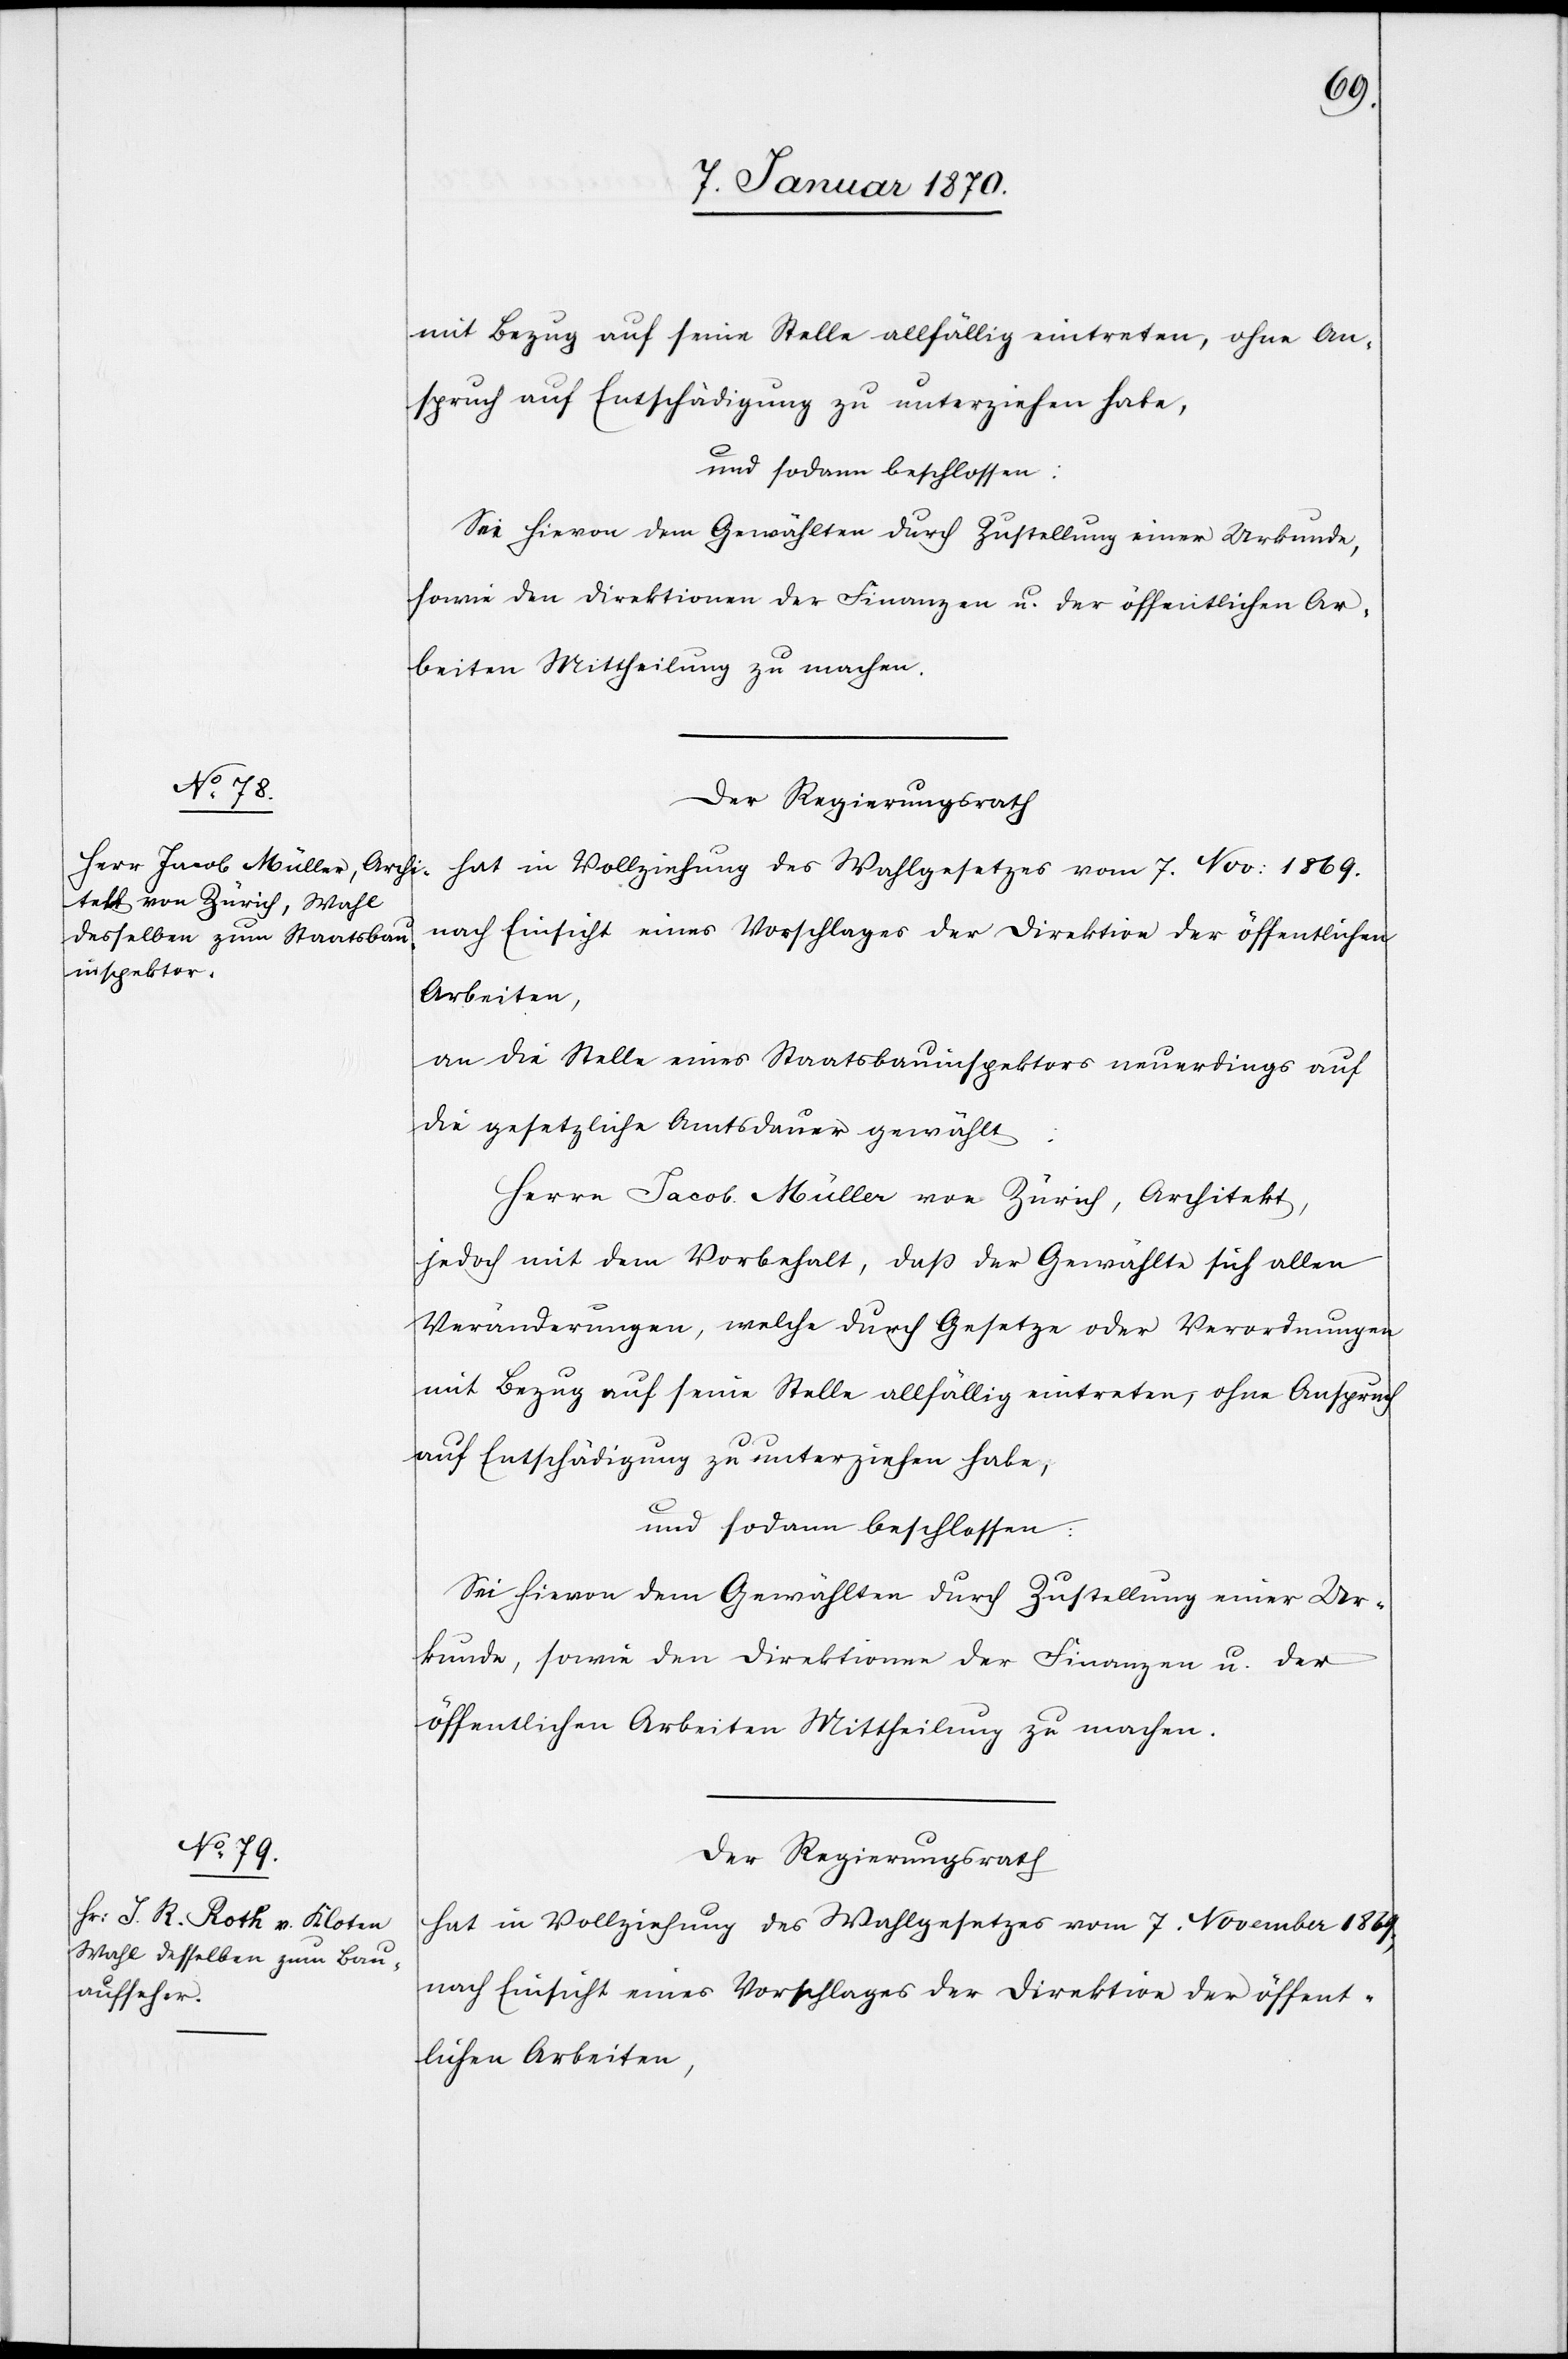
hat in Vollziehung des Wahlgesetzes vom 7. Nov: 1869.
nach Einsicht eines Vorschlages der Direktion der öffentlichen
Arbeiten,
an die Stelle eines Staatsbauinspektors neuerdings auf
die gesetzliche Amtsdauer gewählt:
Herrn Jacob Müller von Zürich, Architekt,
jedoch mit dem Vorbehalt, daß der Gewählte sich allen
Veränderungen, welche durch Gesetze oder Verordnungen
mit Bezug auf seine Stelle allfällig eintreten, ohne Anspruch
auf Entschädigung zu unterziehen habe,
und sodann beschlossen:
Sei hievon dem Gewählten durch Zustellung einer Ur¬
kunde, sowie den Direktionen der Finanzen u. der
öffentlichen Arbeiten Mittheilung zu machen.
Der Regierungsrath
hat in Vollziehung des Wahlgesetzes vom 7. November 1869,
nach Einsicht eines Vorschlages der Direktion der öffent¬
lichen Arbeiten,